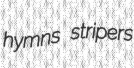
hymns stripers